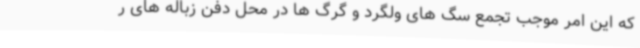
که این امر موجب تجمع سگ های ولگرد و گرگ ها در محل دفن زباله های ر